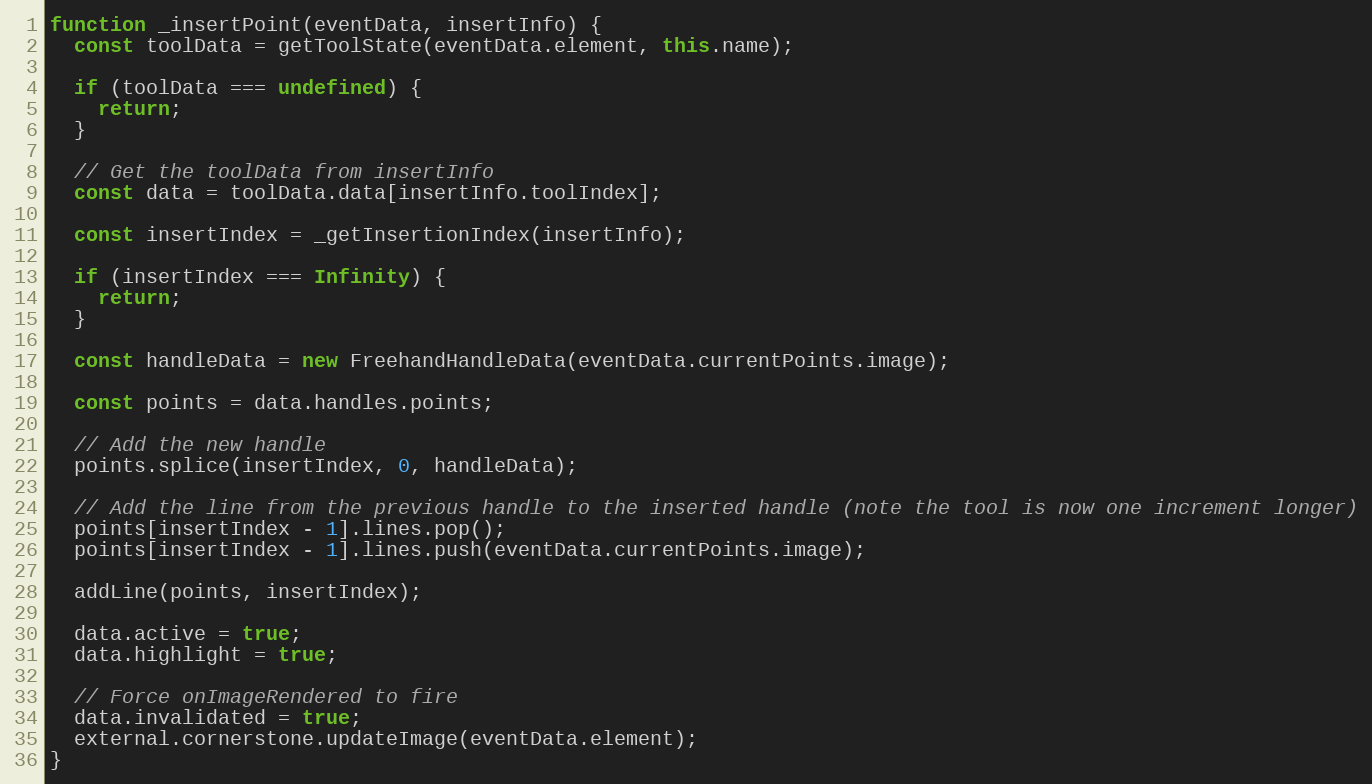
Language: JavaScript
function _insertPoint(eventData, insertInfo) {
  const toolData = getToolState(eventData.element, this.name);

  if (toolData === undefined) {
    return;
  }

  // Get the toolData from insertInfo
  const data = toolData.data[insertInfo.toolIndex];

  const insertIndex = _getInsertionIndex(insertInfo);

  if (insertIndex === Infinity) {
    return;
  }

  const handleData = new FreehandHandleData(eventData.currentPoints.image);

  const points = data.handles.points;

  // Add the new handle
  points.splice(insertIndex, 0, handleData);

  // Add the line from the previous handle to the inserted handle (note the tool is now one increment longer)
  points[insertIndex - 1].lines.pop();
  points[insertIndex - 1].lines.push(eventData.currentPoints.image);

  addLine(points, insertIndex);

  data.active = true;
  data.highlight = true;

  // Force onImageRendered to fire
  data.invalidated = true;
  external.cornerstone.updateImage(eventData.element);
}